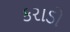
કરાડો